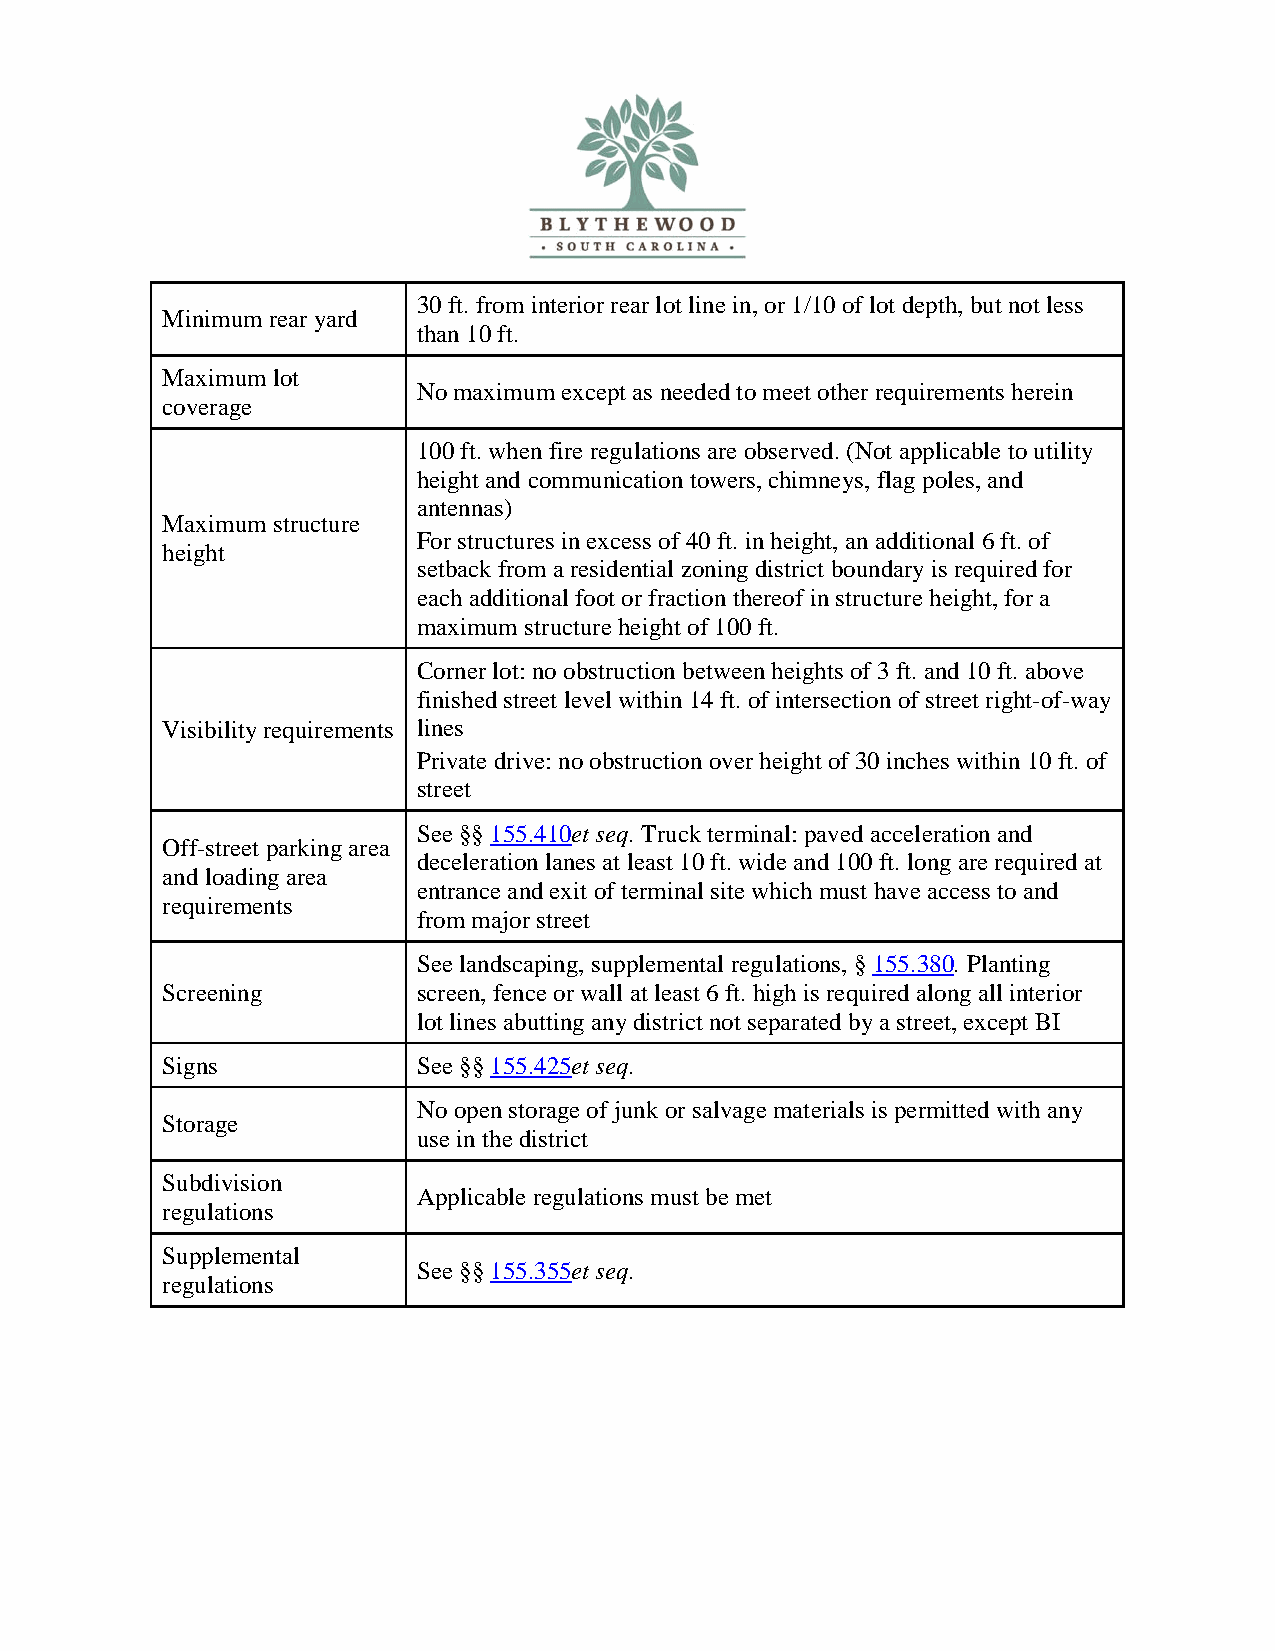
30 ft. from interior rear lot line in, or 1/10 of lot depth, but not less
 Minimum rear yard
 than 10 ft.
 Maximum lot
 No maximum except as needed to meet other requirements herein
 coverage
 100 ft. when fire regulations are observed. (Not applicable to utility
 height and communication towers, chimneys, flag poles, and
 antennas)
 Maximum structure
 For structures in excess of 40 ft. in height, an additional 6 ft. of
 height
 setback from a residential zoning district boundary is required for
 each additional foot or fraction thereof in structure height, for a
 maximum structure height of 100 ft.
 Corner lot: no obstruction between heights of 3 ft. and 10 ft. above
 finished street level within 14 ft. of intersection of street right-of-way
 Visibility requirements lines
 Private drive: no obstruction over height of 30 inches within 10 ft. of
 street
 See §§ 155.410et seq. Truck terminal: paved acceleration and
 Off-street parking area
 deceleration lanes at least 10 ft. wide and 100 ft. long are required at
 and loading area
 entrance and exit of terminal site which must have access to and
 requirements
 from major street
 See landscaping, supplemental regulations, § 155.380. Planting
 Screening        screen, fence or wall at least 6 ft. high is required along all interior
 lot lines abutting any district not separated by a street, except BI
 Signs            See §§ 155.425et seq.
 No open storage of junk or salvage materials is permitted with any
 Storage
 use in the district
 Subdivision
 Applicable regulations must be met
 regulations
 Supplemental
 See §§ 155.355et seq.
 regulations